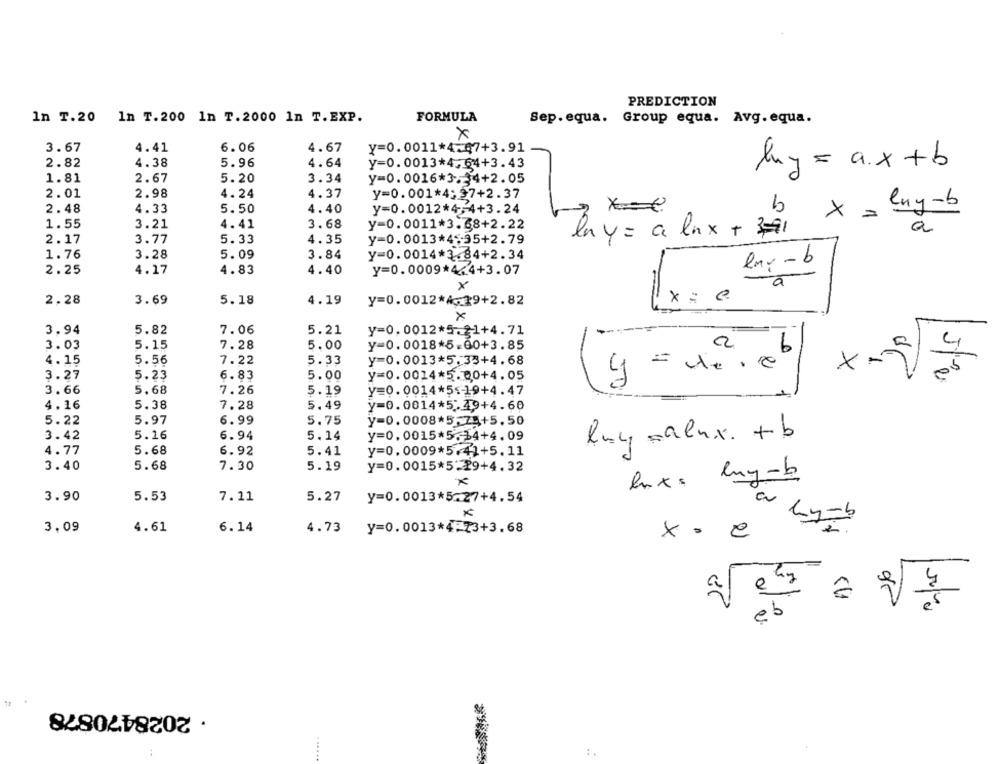
PREDICTION
In T.20 In T.200 In T.2000 In T.EXP.
FORMULA
Sep.equa. Group equa. Avg. equa.
x
3.67
4.41
6.06
4.67
y=0.0011*4.47+3.91
2.82
4.38
5.96
4.64
y=0.0013*4,64+3.43
luy = ax +b
1.81
2.67
5.20
3.34
y=0.0016*3.34+2.05
2.01
2.98
4.24
4.37
y=0.001*4:37+2.37
- Eny-6
2.48
4.33
5.50
4.40
y=0.0012*4 -; 4+3.24
b x =
1.55
3.21
4.41
3.68
y=0.0011*3.68+2.22
a
la y = a lux + 391
2.17
3.77
5.33
4.35
y=0.0013*4535+2.79
1.76
3.28
5.09
3.84
y-0.0014*3.84+2.34
lav -b
2.25
4.17
4.83
4.40
y=0.0009*4.4+3.07
x
x =
2.28
3.69
5.18
4.19
y=0.0012*429+2.82
X
3.94
5.82
7.06
5.21
y=0,0012*5.21+4.71
3.03
5.15
7.28
5.00
y=0.0018*5.00+3.85
a
6
4
4. 15
7.22
5.33
5.56
Y=0. 0013*5.33+4. 68
×
5.23
6.83
5.00
05
3.27
Y=0.0014*5.00+4. 05
3.66
5.68
7.26
5.19
y=0.0014*5<19+4.47
4.16
5.38
7.28
5.49
y=0.0014*5.49+4.60
5.22
5.97
6.99
5.75
y=0.0008*5-75+5.50
3.42
5.16
6.94
5.14
y=0,0015*5.34+4.09
luy =alux. +b
4.77
5.68
6.92
5.41
y=0.0009*5.41+5.11
3.40
5.68
7.30
5.19
y=0.0015*5-29+4.32
Muy-b
luxs
5.53
3.90
7.11
5.27
y=0.0013*5.27+4.54
V
3.09
4.61
6.14
4.73 y=0.0013*4-73+3.68
x . e
eb
· 2028470878